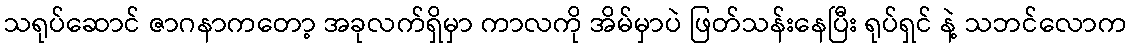
သရုပ်ဆောင် ဇာဂနာကတော့ အခုလက်ရှိမှာ ကာလကို အိမ်မှာပဲ ဖြတ်သန်းနေပြီး ရုပ်ရှင် နဲ့ သဘင်လောက